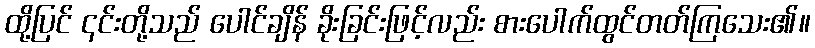
ထို့ပြင် ၎င်းတို့သည် ပေါင်ချိန် ခိုးခြင်းဖြင့်လည်း စားပေါက်ထွင်တတ်ကြသေး၏။